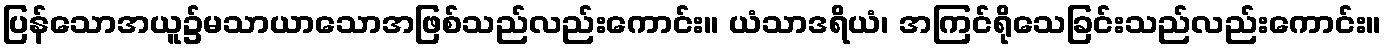
ပြန်သောအယူ၌မသာယာသောအဖြစ်သည်လည်းကောင်း။ ယံသာဒရိယံ၊ အကြင်ရိုသေခြင်းသည်လည်းကောင်း။